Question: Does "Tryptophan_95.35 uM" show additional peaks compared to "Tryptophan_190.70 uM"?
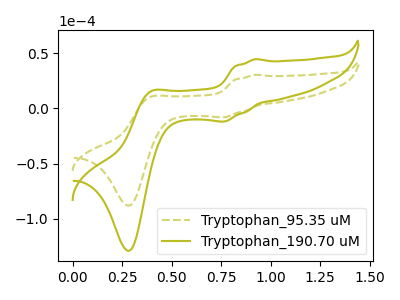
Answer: <think>The olive dashed curve "Tryptophan_95.35 uM" has anodic peaks at (0.90V, 30.35uA) (0.40V, 10.30uA) and cathodic peaks at (0.75V, -8.20uA) (0.30V, -88.10uA). The olive curve "Tryptophan_190.70 uM" has anodic peaks at (0.90V, 44.40uA) (0.40V, 15.05uA) and cathodic peaks at (0.75V, -12.00uA) (0.30V, -128.95uA).
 All the peaks in "Tryptophan_95.35 uM" have a peak in "Tryptophan_190.70 uM" at the same potential. Every peak in "Tryptophan_95.35 uM" is lower than every peak in "Tryptophan_190.70 uM".</think>
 <answer>No, "Tryptophan_95.35 uM" and "Tryptophan_190.70 uM" don't appear to be significantly different in shape</answer>
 <eval>no_change</eval>